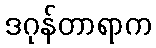
ဒဂုန်တာရာက